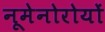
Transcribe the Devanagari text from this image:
नूमेनोरोयों